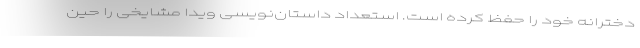
دخترانه خود را حفظ کرده است. استعداد داستان‌نویسی ویدا مشایخی را حین